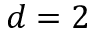
d = 2